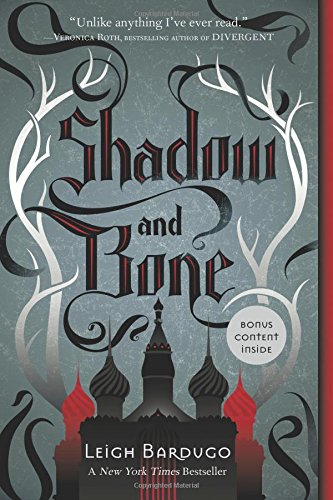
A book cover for Shadow and Bone (The Grisha Trilogy); Leigh Bardugo; Teen & Young Adult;